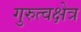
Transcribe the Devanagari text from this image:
गुरुत्वक्षेत्र